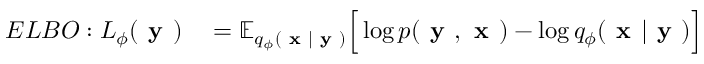
\begin{array} { r l } { E L B O : L _ { \phi } ( \textbf { y } ) } & { { } = \mathbb { E } _ { q _ { \phi } ( \textbf { x } | \textbf { y } ) } \Big [ \log p ( \textbf { y } , \textbf { x } ) - \log q _ { \phi } ( \textbf { x } | \textbf { y } ) \Big ] } \end{array}